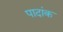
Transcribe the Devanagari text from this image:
पादांक